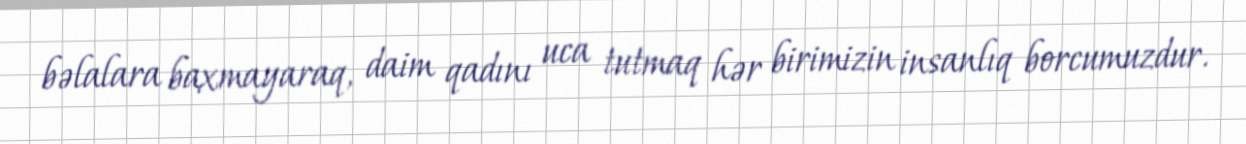
bəlalara baxmayaraq, daim qadını uca tutmaq hər birimizin insanlıq borcumuzdur.